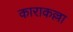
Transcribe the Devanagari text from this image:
काराकल्ला